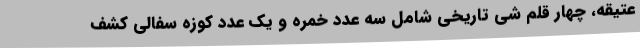
عتیقه، چهار قلم شی تاریخی شامل سه عدد خمره و یک عدد کوزه سفالی کشف